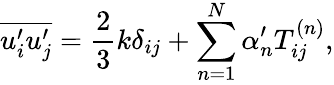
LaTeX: \overline{{u_{i}^{\prime}u_{j}^{\prime}}}=\frac{2}{3}k\delta_{ij}+\sum_{n=1}^{N}\alpha_{n}^{\prime}T_{ij}^{\left(n\right)},